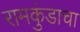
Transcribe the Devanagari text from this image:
रामकुंडाचा